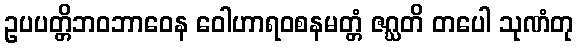
ဥပပတ္တိဘဝဘာဝေန ဝေါဟာရဝစနမတ္တံ ဇဂ္ဃတိ တပေါ သုဏံတု